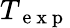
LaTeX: T_{\mathrm{~e~x~p~}}